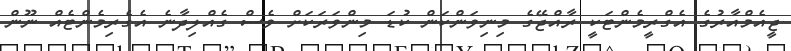
ޖީއެމްއާރުގެ އެގްރީމެންޓަކީ ރާއްޖޭގެ މިނިވަންކަން ކުޑަ މިންވަރަކަށް ވެސް ގެއްލިދާނެ އެގެރިމެންޓެއް ނޫން